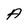
Character: A